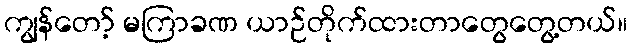
ကျွန်တော့် မကြာခဏ ယာဉ်တိုက်ထားတာတွေတွေ့တယ်။